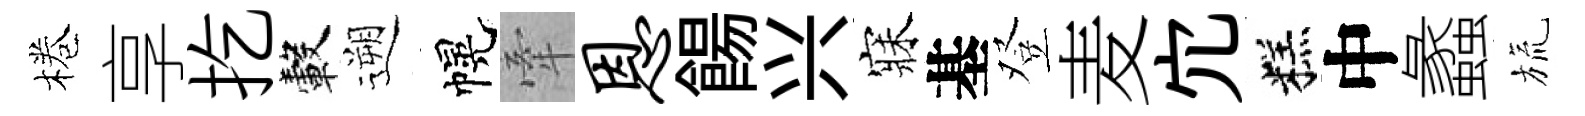
棬享扢轂遡幌牽恩餳兴寐基登麦宂糕中蠡旒